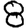
Digit: 8